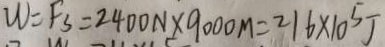
W = F _ { s } = 2 4 0 0 N \times 9 0 0 0 M = 2 1 6 \times 1 0 ^ { 5 } J